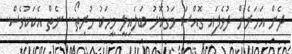
ދެން އަހަރެން ދުވެފައި ގޮއްސަ މަގުކޮޅު ބަލައިލީ މީހަކު ހުރިތޯ.. ނެތް އެކަކުވެސް.